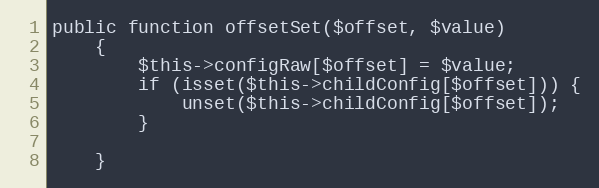
Language: PHP
public function offsetSet($offset, $value)
    {
        $this->configRaw[$offset] = $value;
        if (isset($this->childConfig[$offset])) {
            unset($this->childConfig[$offset]);
        }

    }